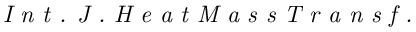
\textit { I n t . J . H e a t M a s s T r a n s f . }